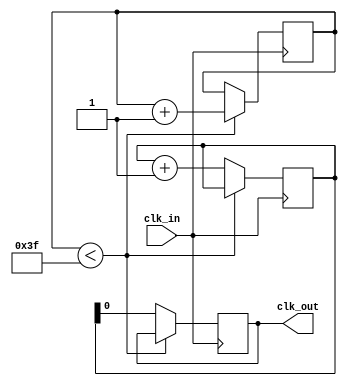
module clock(
    input clk_in,
    output clk_out
);

reg [22:0] counter;
reg [5:0] delay;
reg clk_out;

always @(posedge clk_in) begin
  if (delay < 63) begin
    delay <= delay + 1;
  end else begin
    counter <= counter + 1;
    clk_out <= counter[0];//change number to change clock speed
  end
end

endmodule